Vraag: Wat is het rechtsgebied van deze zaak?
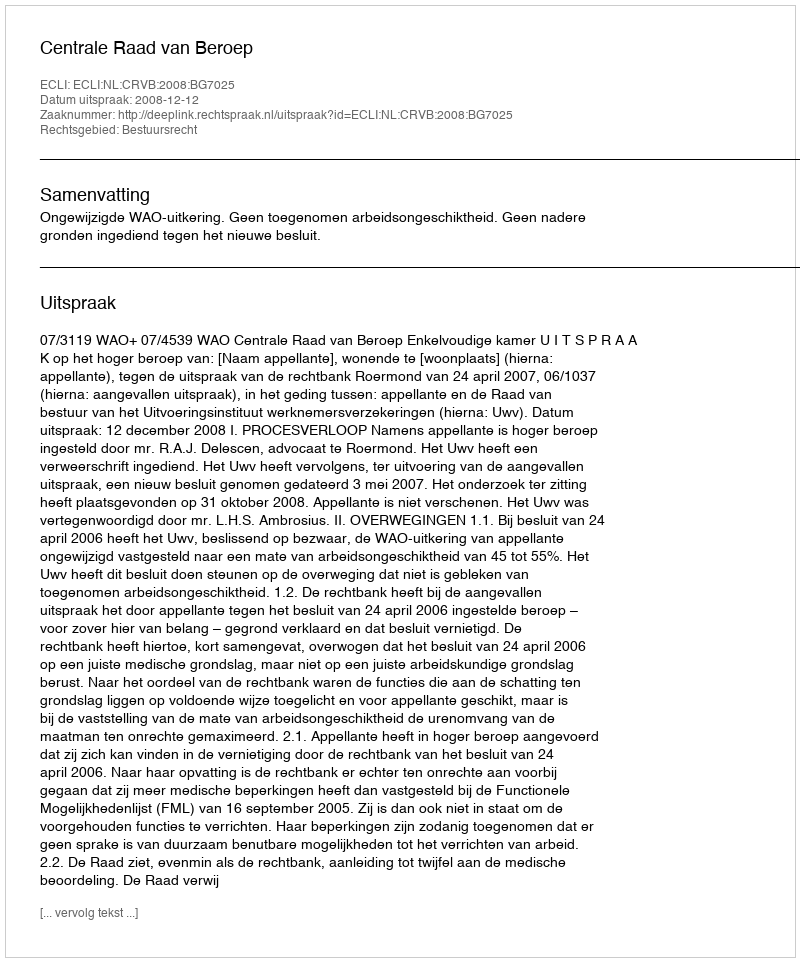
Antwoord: Bestuursrecht